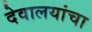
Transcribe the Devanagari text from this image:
देवालयांचा